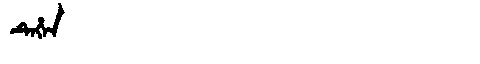
Manchu: ᡨᡝᡥᡝᠨ
Romanization: TEHEN